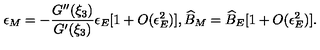
\epsilon _ { M } = - \frac { G ^ { \prime \prime } ( \xi _ { 3 } ) } { G ^ { \prime } ( \xi _ { 3 } ) } \epsilon _ { E } [ 1 + O ( \epsilon _ { E } ^ { 2 } ) ] , \widehat { B } _ { M } = \widehat { B } _ { E } [ 1 + O ( \epsilon _ { E } ^ { 2 } ) ] .